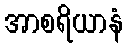
အာစရိယာနံ